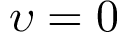
\upsilon = 0